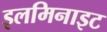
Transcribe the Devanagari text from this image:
इलमिनाइट